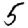
Digit: 5